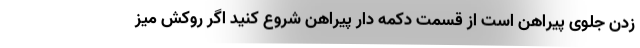
زدن جلوی پیراهن است از قسمت دکمه دار پیراهن شروع کنید اگر روکش میز